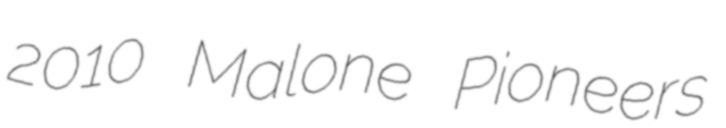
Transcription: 2010 Malone Pioneers